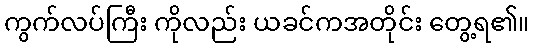
ကွက်လပ်ကြီး ကိုလည်း ယခင်ကအတိုင်း တွေ့ရ၏။